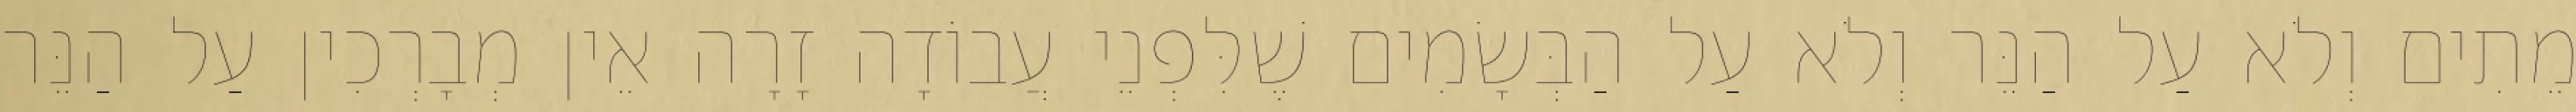
מֵתִים וְלֹא עַל הַנֵּר וְלֹא עַל הַבְּשָׂמִים שֶׁלִּפְנֵי עֲבוֹדָה זָרָה אֵין מְבָרְכִין עַל הַנֵּר